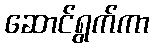
ဆောင်ရွက်ကာ